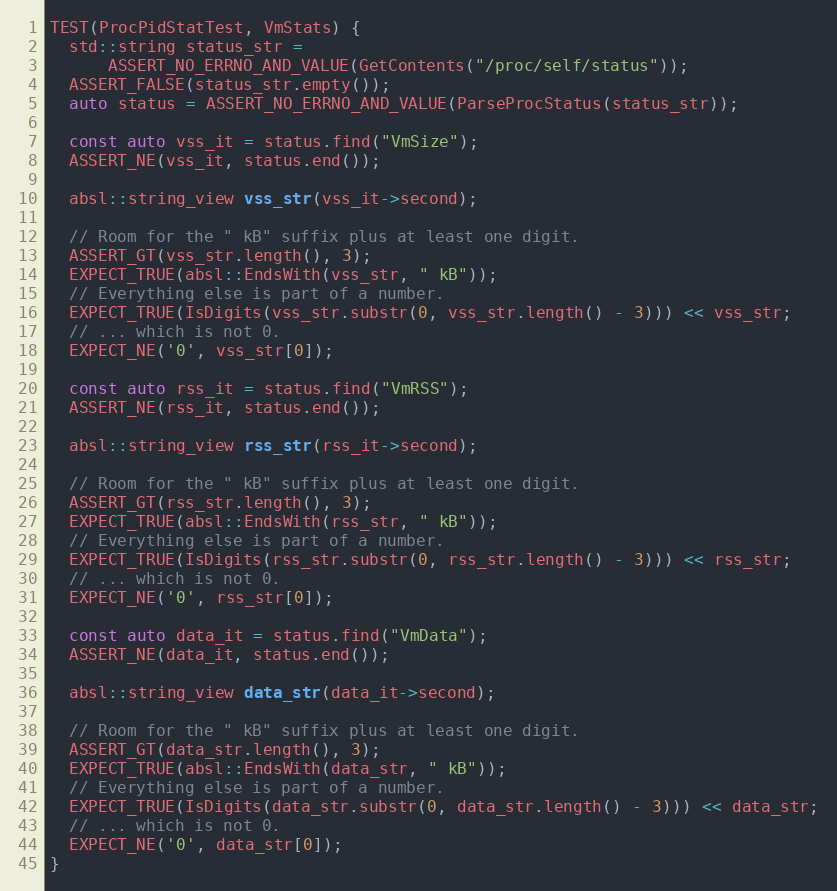
Language: C++
TEST(ProcPidStatTest, VmStats) {
  std::string status_str =
      ASSERT_NO_ERRNO_AND_VALUE(GetContents("/proc/self/status"));
  ASSERT_FALSE(status_str.empty());
  auto status = ASSERT_NO_ERRNO_AND_VALUE(ParseProcStatus(status_str));

  const auto vss_it = status.find("VmSize");
  ASSERT_NE(vss_it, status.end());

  absl::string_view vss_str(vss_it->second);

  // Room for the " kB" suffix plus at least one digit.
  ASSERT_GT(vss_str.length(), 3);
  EXPECT_TRUE(absl::EndsWith(vss_str, " kB"));
  // Everything else is part of a number.
  EXPECT_TRUE(IsDigits(vss_str.substr(0, vss_str.length() - 3))) << vss_str;
  // ... which is not 0.
  EXPECT_NE('0', vss_str[0]);

  const auto rss_it = status.find("VmRSS");
  ASSERT_NE(rss_it, status.end());

  absl::string_view rss_str(rss_it->second);

  // Room for the " kB" suffix plus at least one digit.
  ASSERT_GT(rss_str.length(), 3);
  EXPECT_TRUE(absl::EndsWith(rss_str, " kB"));
  // Everything else is part of a number.
  EXPECT_TRUE(IsDigits(rss_str.substr(0, rss_str.length() - 3))) << rss_str;
  // ... which is not 0.
  EXPECT_NE('0', rss_str[0]);

  const auto data_it = status.find("VmData");
  ASSERT_NE(data_it, status.end());

  absl::string_view data_str(data_it->second);

  // Room for the " kB" suffix plus at least one digit.
  ASSERT_GT(data_str.length(), 3);
  EXPECT_TRUE(absl::EndsWith(data_str, " kB"));
  // Everything else is part of a number.
  EXPECT_TRUE(IsDigits(data_str.substr(0, data_str.length() - 3))) << data_str;
  // ... which is not 0.
  EXPECT_NE('0', data_str[0]);
}